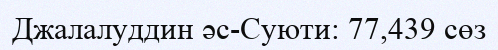
Джалалуддин әс-Суюти: 77,439 сөз